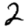
Digit: 2